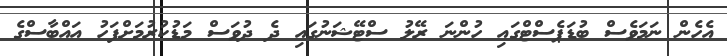
އެހެން ނަމަވެސް ބުޑަޕެސްޓްގައި ހުންނަ ރޭލު ސްޓޭޝަނުގައި ދެ ދުވަސް މަޑުކުރުމަށްފަހު އައްބާސްގެ